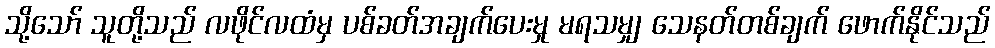
သို့သော် သူတို့သည် လဖိုင်လထံမှ ပစ်ခတ်အချက်ပေးမှု မရသမျှ သေနတ်တစ်ချက် ဖောက်နိုင်သည်